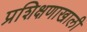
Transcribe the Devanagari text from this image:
प्रशिक्षणाखाली